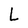
Character: L